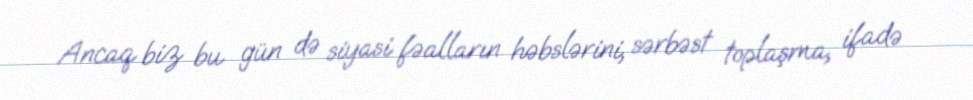
Ancaq biz bu gün də siyasi fəalların həbslərini, sərbəst toplaşma, ifadə